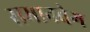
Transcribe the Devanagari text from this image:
समानवेग